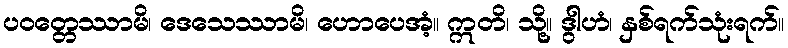
ပဝတ္တေဿာမိ၊ ဒေသေဿာမိ၊ ဟောပေအံ့။ ဣတိ၊ သို့။ ဒွါဟံ၊ နှစ်ရက်သုံးရက်။